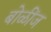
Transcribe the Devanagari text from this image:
बोळींज